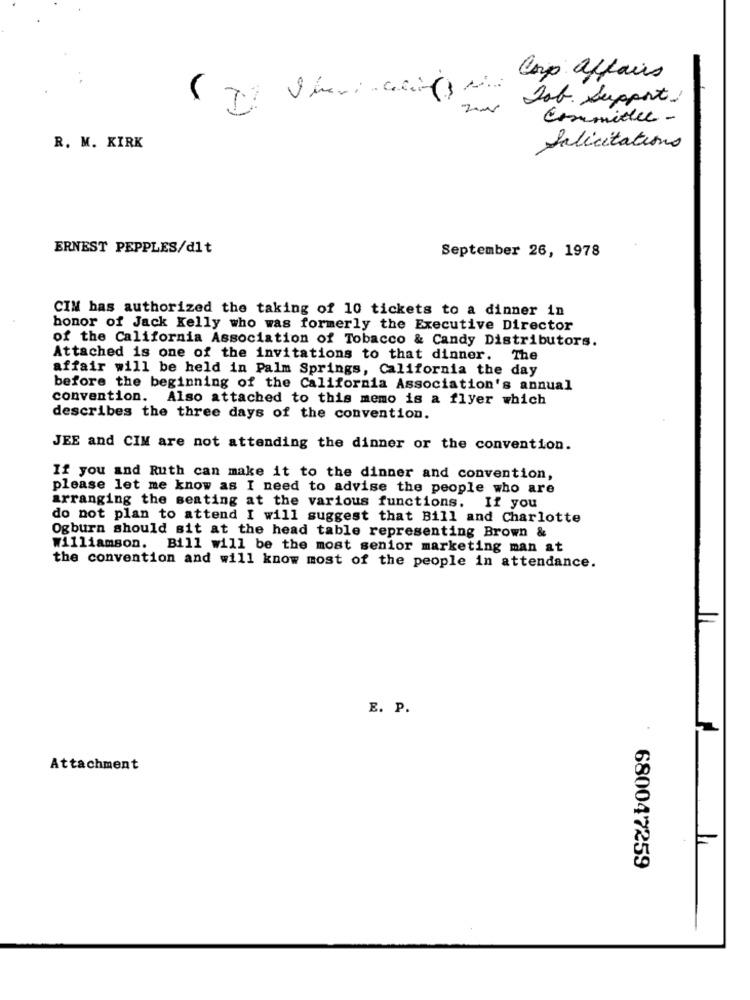
Corp affairs
Job. Support:
Committee -
R. M. KIRK
Solicitations
ERNEST PEPPLES/dit
September 26, 1978
CIM has authorized the taking of 10 tickets to a dinner in
honor of Jack Kelly who was formerly the Executive Director
of the California Association of Tobacco & Candy Distributors.
Attached is one of the invitations to that dinner. The
affair will be held in Palm Springs, California the day
before the beginning of the California Association's annual
convention. Also attached to this memo is a flyer which
describes the three days of the convention.
JEE and CIM are not attending the dinner or the convention.
If you and Ruth can make it to the dinner and convention,
please let me know as I need to advise the people who are
arranging the seating at the various functions. If you
do not plan to attend I will suggest that Bill and Charlotte
Ogburn should sit at the head table representing Brown &
Williamson. Bill will be the most senior marketing man at
the convention and will know most of the people in attendance.
E. P.
Attachment
680047259